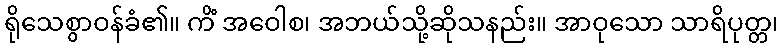
ရိုသေစွာဝန်ခံ၏။ ကိံ အဝေါစ၊ အဘယ်သို့ဆိုသနည်း။ အာဝုသော သာရိပုတ္တ၊